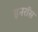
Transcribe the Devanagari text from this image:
इनरॉस